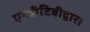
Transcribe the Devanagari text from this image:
एनडीटिवीद्वारा